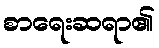
စာရေးဆရာ၏